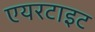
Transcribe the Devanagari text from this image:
एयरटाइट